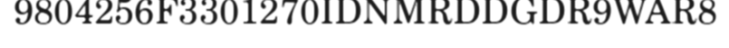
9804256F3301270IDNMRDDGDR9WAR8